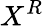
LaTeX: X^{R}